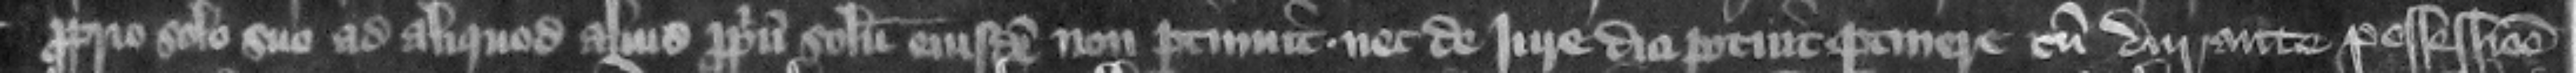
proprio solo suo ad aliquod aliud proprium solum eiusdem non pertinuit nec de iure dici potuit pertinere cum durante possessione